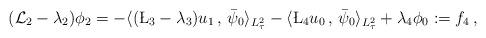
LaTeX: \begin{align*}(\mathcal L_2-\lambda_2) \phi_2 = - \langle (\L_3-\lambda_3) u_1\,,\, \bar \psi_0\rangle_{L^2_\tau} - \langle \L_4 u_0\,,\, \bar \psi_0\rangle_{L^2_\tau} + \lambda_4 \phi_0 := f_4 \,,\end{align*}